Report on the Nagpur School of Medicine, Central Provinces
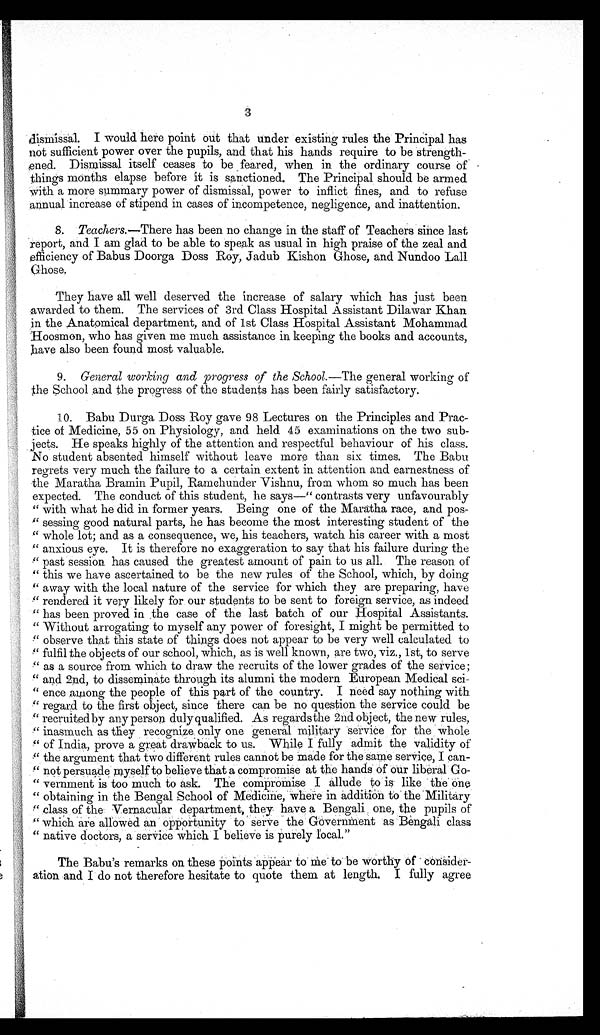
dismissal. I would here point out that under existing rules the Principal has
not sufficient power over the pupils, and that his hands require to be
s t r e n g t h - e n e d . D i s m i s s a l i t s e l f c e a s e s t o b e f e a r e d , w h e n i n t h e o r d i n a r y c o u r s e o f
things months elapse before it is sanctioned. The Principal should be armed
with a more summary power of dismissal, power to inflict fines, and to refuse
a n n u a l i n c r e a s e o f s t i p e n d i n c a s e s o f i n c o m p e t e n c e , n e g l i g e n c e , a n d i n a t t e n t i o n .
8. Teachers.—There has been no change in the staff of Teachers since last
report, and I am glad to be able to speak as usual in high praise of the zeal and
efficiency of Babus Doorga Doss Roy, Jadub Kishon Ghose, and Nundoo Lall
G h o s e .
They have all well deserved the increase of salary which has just been
awarded to them. The services of 3rd Class Hospital Assistant Dilawar Khan
in the Anatomical department, and of 1st Class Hospital Assistant Mohammad
Hoosmon, who has given me much assistance in keeping the books and accounts,
have also been found most valuable.
9. General working and progress of the School.—The general working of
the School and the progress of the students has been fairly satisfactory.
10. Babu Durga Doss Roy gave 98 Lectures on the Principles and Prac--
tice of Medicine, 55 on Physiology, and held 45 examinations on the two sub--
jects. He speaks highly of the attention and respectful behaviour of his class.
N o s t u d e n t a b s e n t e d h i m s e l f w i t h o u t l e a v e m o r e t h a n s i x t i m e s . T h e B a b u
regrets very much the failure to a certain extent in attention and earnestness of
the Maratha Bramin Pupil, Ramchunder Vishnu, from whom so much has been
expected. The conduct of this student, he says—" contrasts very unfavourably
" with what he did in former years. Being one of the Maratha race, and pos-
" s e s s i n g g o o d n a t u r a l p a r t s , h e h a s b e c o m e t h e m o s t i n t e r e s t i n g s t u d e n t o f t h e
"whole lot; and as a consequence, we, his teachers, watch his career with a most
"anxious eye. It is therefore no exaggeration to say that his failure during the
"past session has caused the greatest amount of pain to us all. The reason of
"this we have ascertained to be the new rules of the School, which, by doing
"away with the local nature of the service for which they are preparing, have
"rendered it very likely for our students to be sent to foreign service, as indeed
"has been proved in the case of the last batch of our Hospital Assistants.
"Without arrogating to myself any power of foresight, I might be permitted to
"observe that this state of things does not appear to be very well calculated to
"fulfil the objects of our school, which, as is well known, are two, viz., 1st, to serve
" a s a s o u r c e f r o m w h i c h t o d r a w t h e r e c r u i t s o f t h e l o w e r g r a d e s o f t h e s e r v i c e ;
"and 2nd, to disseminate through its alumni the modern European Medical sci- -
"ence among the people of this part of the country. I need say nothing with
"regard to the first object, since there can be no question the service could be
"recruited by any person duly qualified. As regardsthe 2nd object, the new rules,
"inasmuch as they recognize only one general military service for the whole
"of India, prove a great drawback to us. While I fully admit the validity of
the argument that two different rules cannot be made for the same service, I
can- "not persuade myself to believe that a compromise at the hands of our liberal Go-
"vernment is too much to ask. The compromise I allude to is like the one
"obtaining in the Bengal School of Medicine, where in addition to the Military
"class of the Vernacular department, they have a Bengali one, the pupils of
"which are allowed an opportunity to serve the Government as Bengali class
"native doctors, a service which I believe is purely local."
The Babu's remarks on these points appear to me to be worthy of consider-
action and I do not therefore hesitate to quote them at length. I fully agree